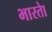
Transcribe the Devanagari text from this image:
भारताे